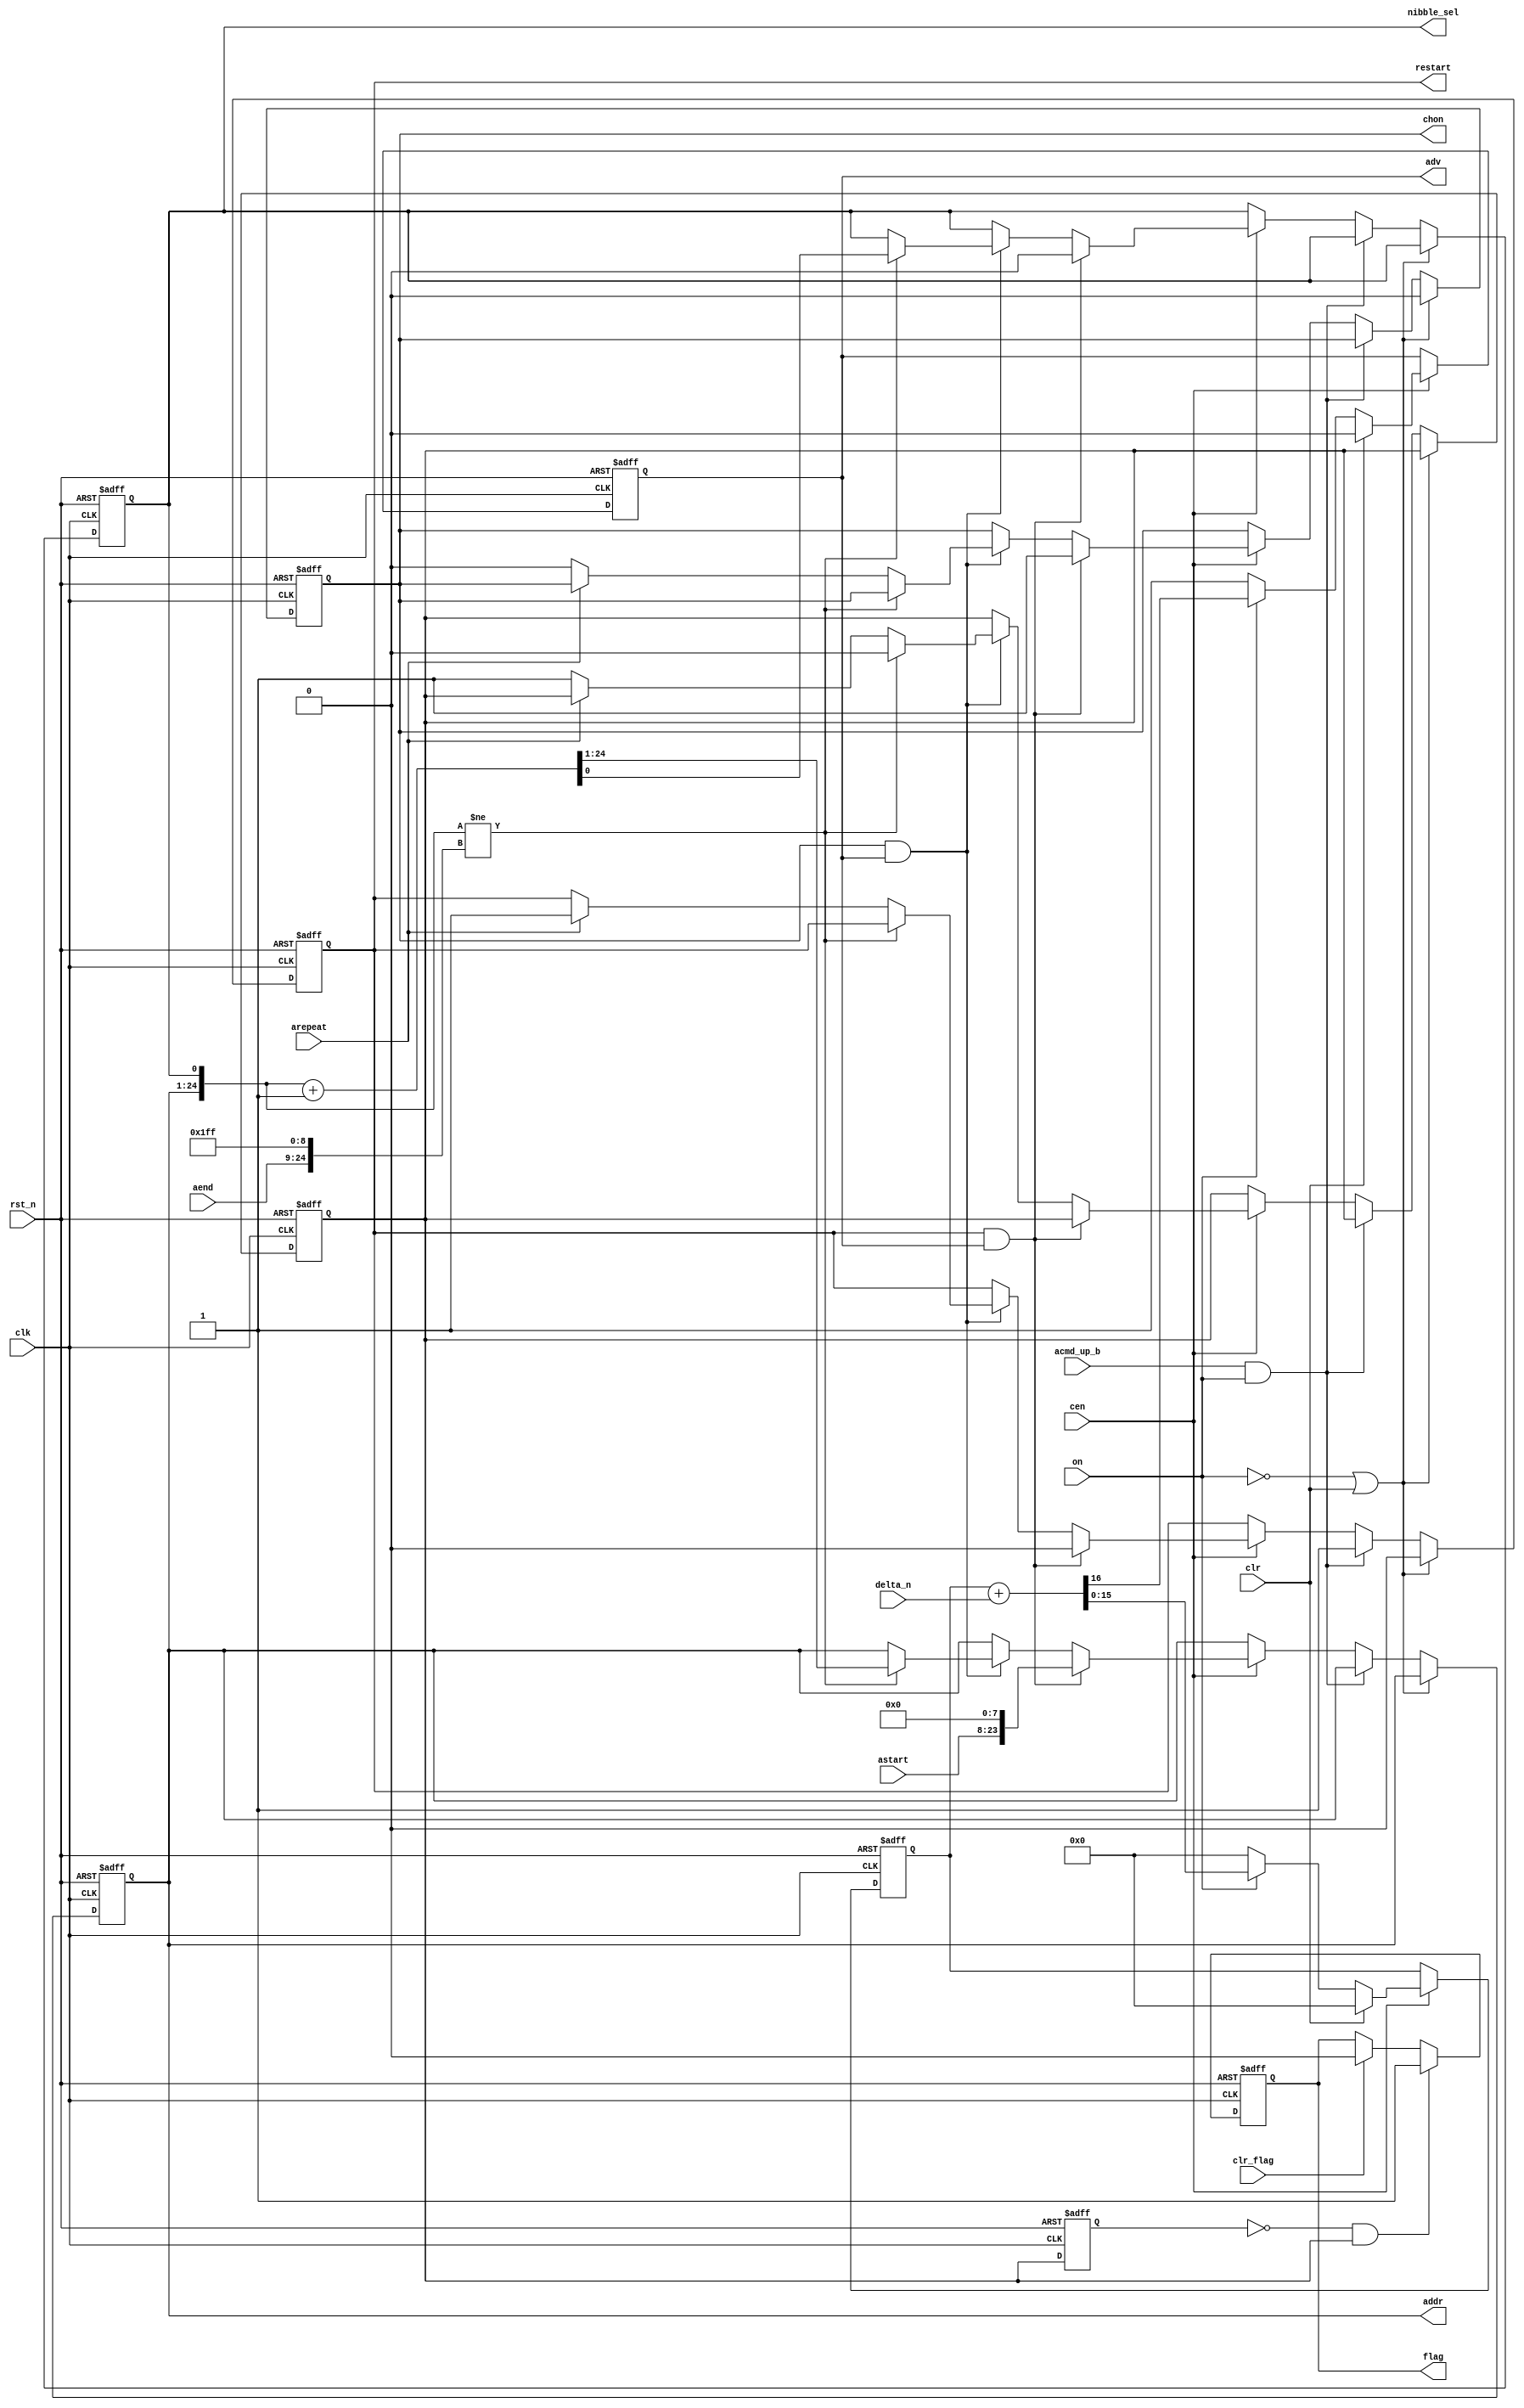
module jt10_adpcmb_cnt(
    input               rst_n,
    input               clk,    // CPU clock
    input               cen,    // clk & cen = 55 kHz

    // counter control
    input   [15:0]      delta_n,
    input               clr,
    input               on,
    input               acmd_up_b,
    // Address
    input       [15:0]  astart,
    input       [15:0]  aend,
    input               arepeat,
    output  reg [23:0]  addr,
    output  reg         nibble_sel,
    // Flag
    output  reg         chon,
    output  reg         flag,
    input               clr_flag,
    output  reg         restart,

    output  reg         adv
);

// Counter
reg [15:0] cnt;

always @(posedge clk or negedge rst_n)
    if(!rst_n) begin
        cnt <= 'd0;
        adv <= 'b0;
    end else if(cen) begin
        if( clr) begin
            cnt <= 'd0;
            adv <= 'b0;
        end else begin
            if( on ) 
                {adv, cnt} <= {1'b0, cnt} + {1'b0, delta_n };
            else begin
                cnt <= 'd0;
                adv <= 1'b1; // let the rest of the signal chain advance
                    // when channel is off so all registers go to reset values
            end
        end
    end

reg set_flag, last_set;

always @(posedge clk or negedge rst_n)
    if(!rst_n) begin
        flag     <= 1'b0;
        last_set <= 'b0;
    end else begin
        last_set <= set_flag;
        if( clr_flag ) flag <= 1'b0;
        if( !last_set && set_flag ) flag <= 1'b1;
    end

// Address
always @(posedge clk or negedge rst_n)
    if(!rst_n) begin
        addr       <= 'd0;
        nibble_sel <= 'b0;
        set_flag   <= 'd0;
        chon       <= 'b0;
        restart    <= 'b0;
    end else if( !on || clr ) begin
        restart <= 'd0;
        chon <= 'd0;
    end else if( acmd_up_b && on ) begin
        restart <= 'd1;
    end else if( cen ) begin
        if( restart && adv ) begin
            addr <= {astart,8'd0};
            nibble_sel <= 'b0;
            restart <= 'd0;
            chon <= 'd1;
        end else if( chon && adv ) begin
            if( { addr, nibble_sel } != { aend, 8'hFF, 1'b1 } ) begin
                { addr, nibble_sel } <= { addr, nibble_sel } + 25'd1;
                set_flag <= 'd0;
            end else if(arepeat) begin
                restart <= 'd1;
            end else begin
                set_flag <= 'd1;
                chon <= 'd0;
            end
        end
    end // cen


endmodule